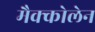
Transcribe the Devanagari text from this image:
मैक्कोलेन